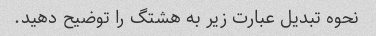
نحوه تبدیل عبارت زیر به هشتگ را توضیح دهید.